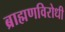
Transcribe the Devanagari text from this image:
ब्राह्मणविरोधी